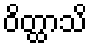
ဝိတ္ထာသိ